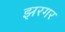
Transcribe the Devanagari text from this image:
झरगर